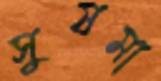
সুষমা